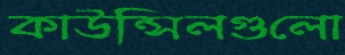
কাউন্সিলগুলো